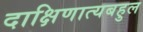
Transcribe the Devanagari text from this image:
दाक्षिणात्यबहुल